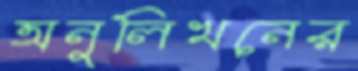
অনুলিখনের